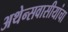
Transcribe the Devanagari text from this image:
अथेन्सवासीयांचा